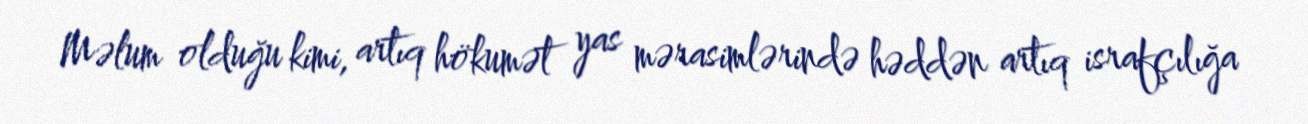
Məlum olduğu kimi, artıq hökumət yas mərasimlərində həddən artıq israfçılığa